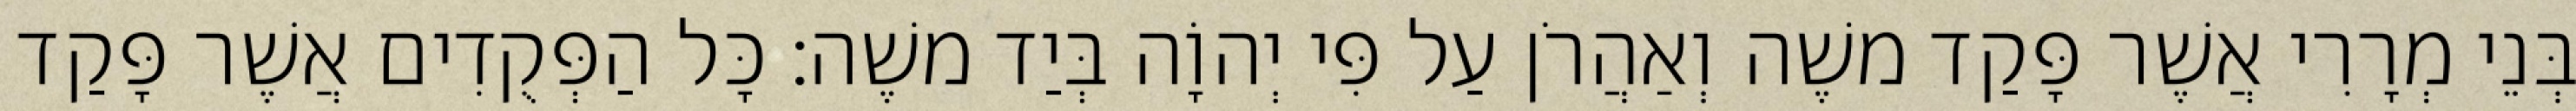
בְּנֵי מְרָרִי אֲשֶׁר פָּקַד משֶׁה וְאַהֲרֹן עַל פִּי יְהוָֹה בְּיַד משֶׁה׃ כָּל הַפְּקֻדִים אֲשֶׁר פָּקַד